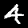
Label: 4